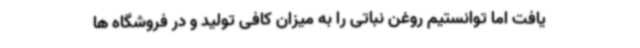
یافت اما توانستیم روغن نباتی را به میزان کافی تولید و در فروشگاه ها